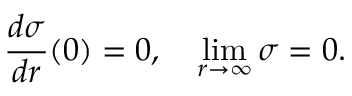
{ \frac { d \sigma } { d r } } ( 0 ) = 0 , \ \ \ \operatorname * { l i m } _ { r \to \infty } \sigma = 0 .